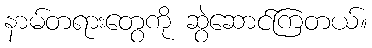
နာမ်တရားတွေကို ဆွဲဆောင်ကြတယ်။